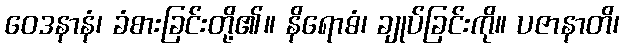
ဝေဒနာနံ၊ ခံစားခြင်းတို့၏။ နိရောဓံ၊ ချုပ်ခြင်းကို။ ပဇာနာတိ၊